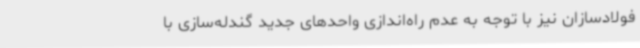
فولادسازان نیز با توجه به عدم راه‌اندازی واحدهای جدید گندله‌سازی با